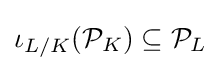
\iota _{L/K}({\mathcal {P}}_{K})\subseteq {\mathcal {P}}_{L}